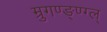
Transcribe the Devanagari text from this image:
म्रुगण्ङ्ण्ग्ल्